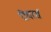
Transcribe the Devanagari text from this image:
रीवरर्स